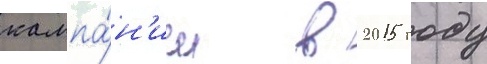
кампа́н'ии в 2015 году